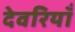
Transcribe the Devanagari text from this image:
देवरियाँ